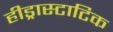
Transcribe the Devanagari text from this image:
हीड्रास्टाटिक